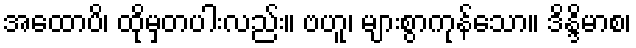
အထောပိ၊ ထိုမှတပါးလည်း။ ဗဟူ၊ များစွာကုန်သော။ ဒိန္ဒိမာစ၊